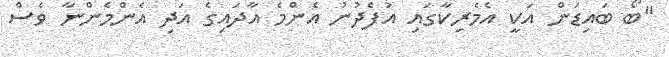
"ބޯ ބައިޑަން އަކީ އެމެރިކާގައި އުފެދުނު އެންމެ އާދައިގެ އަދި އެންމެންނާ ވެސް